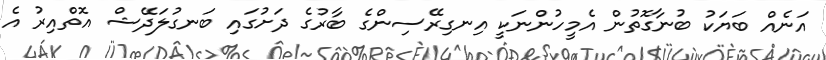
އަނެއް ބަޔަކު ބުނާގޮތުން އެމީހުންނަކީ އިނގިރޭސިންގެ ބާރުގެ ދަށުގައި ބަނގުލަދޭޝް އޮތްއިރު އެ